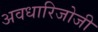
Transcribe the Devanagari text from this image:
अवधारिजोजी